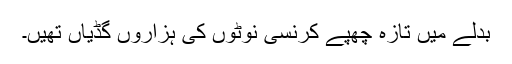
بدلے میں تازہ چَھپے کرنسی نوٹوں کی ہزاروں گڈیاں تھیں۔